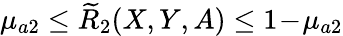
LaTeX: \mu_{a2}\leq\widetilde{R}_{2}(X,Y,A)\leq 1\! -\! \mu_{a2}